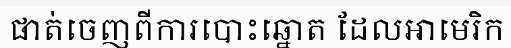
ផាត់ចេញពីការបោះឆ្នោត ដែលអាមេរិក